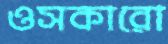
ওসকারো